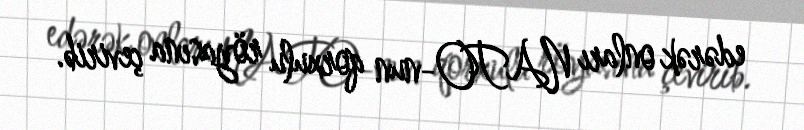
edərək onları NATO-nun qorxulu röyasına çevirib.